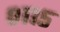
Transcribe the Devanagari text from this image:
०११५